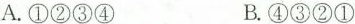
A.①②③④ B.④③②①